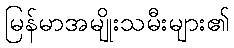
မြန်မာအမျိုးသမီးများ၏